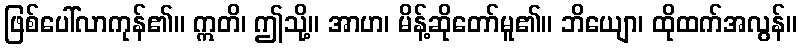
ဖြစ်ပေါ်လာကုန်၏။ ဣတိ၊ ဤသို့။ အာဟ၊ မိန့်ဆိုတော်မူ၏။ ဘိယျော၊ ထိုထက်အလွန်။